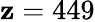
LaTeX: \mathbf{z}=449